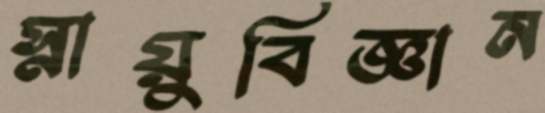
স্নায়ুবিজ্ঞান